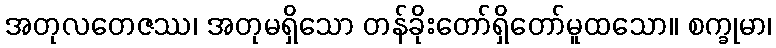
အတုလတေဇဿ၊ အတုမရှိသော တန်ခိုးတော်ရှိတော်မူထသော။ စက္ခုမာ၊